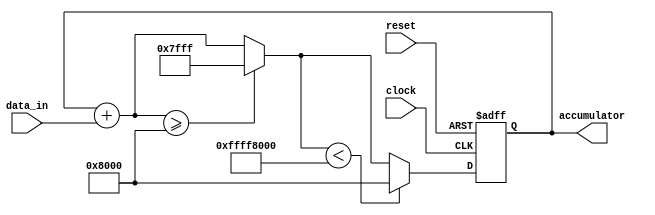
module fixed_point_accumulator (
  input wire clock,
  input wire reset,
  input wire [N-1:0] data_in,
  output reg [M-1:0] accumulator
);

  parameter N = 8; // Number of bits for input data
  parameter M = 16; // Number of bits for accumulator value
  parameter I = 8; // Number of integer bits in accumulator value
  parameter F = 8; // Number of fractional bits in accumulator value

  reg [M-1:0] accumulator_next;

  always @(posedge clock or posedge reset) begin
    if (reset) begin
      accumulator <= 0; // Reset accumulator value
    end else begin
      accumulator <= accumulator_next; // Update accumulator value
    end
  end

  always @* begin
    // Perform addition operation
    accumulator_next = accumulator + data_in;
    
    // Overflow detection
    if (accumulator_next >= 2**(M-1)) begin
      accumulator_next = 2**(M-1) - 1; // Set max value if overflow
    end
    
    // Underflow detection
    if (accumulator_next < -(2**(M-1))) begin
      accumulator_next = -(2**(M-1)); // Set min value if underflow
    end
  end

endmodule